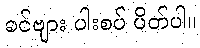
ခင်ဗျား ပါးစပ် ပိတ်ပါ။